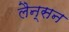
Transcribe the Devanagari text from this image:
लैन्सन